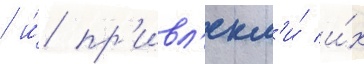
/ и́ пр'ивл'екл'и́ и́х